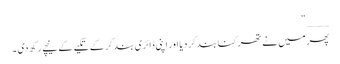
____“
پھر میں نے تھرکنا بند کر دیا اور اپنی ڈائری بند کر کے تکیے کے نیچے رکھ دی ۔